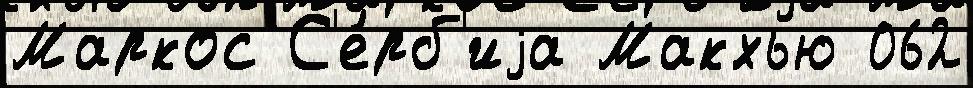
Маркос С'е́рб'иjа Макхью 062